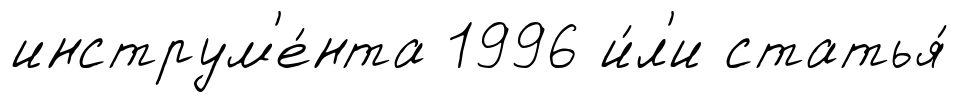
инструм'е́нта 1996 и́л'и статья́